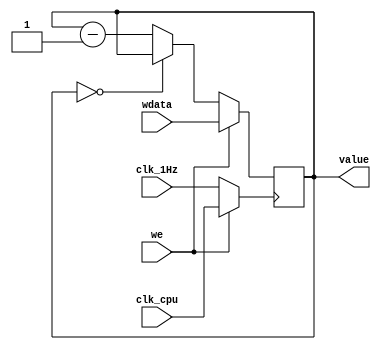
module Timer(
	input clk_cpu,
	input clk_1Hz,
	input [31:0]wdata,
	input we,
	output [31:0]value
);
	reg [31:0]time_counter = 32'b0;
	wire clk = (we)? clk_cpu: clk_1Hz;

	always @(negedge clk) begin
		if(we) begin
			time_counter <= wdata;
		end else begin
			if(time_counter == 32'b0) begin
				time_counter <= time_counter;
			end else begin
				time_counter <= time_counter - 1'b1;
			end
		end
	end

	assign value = time_counter;
endmodule